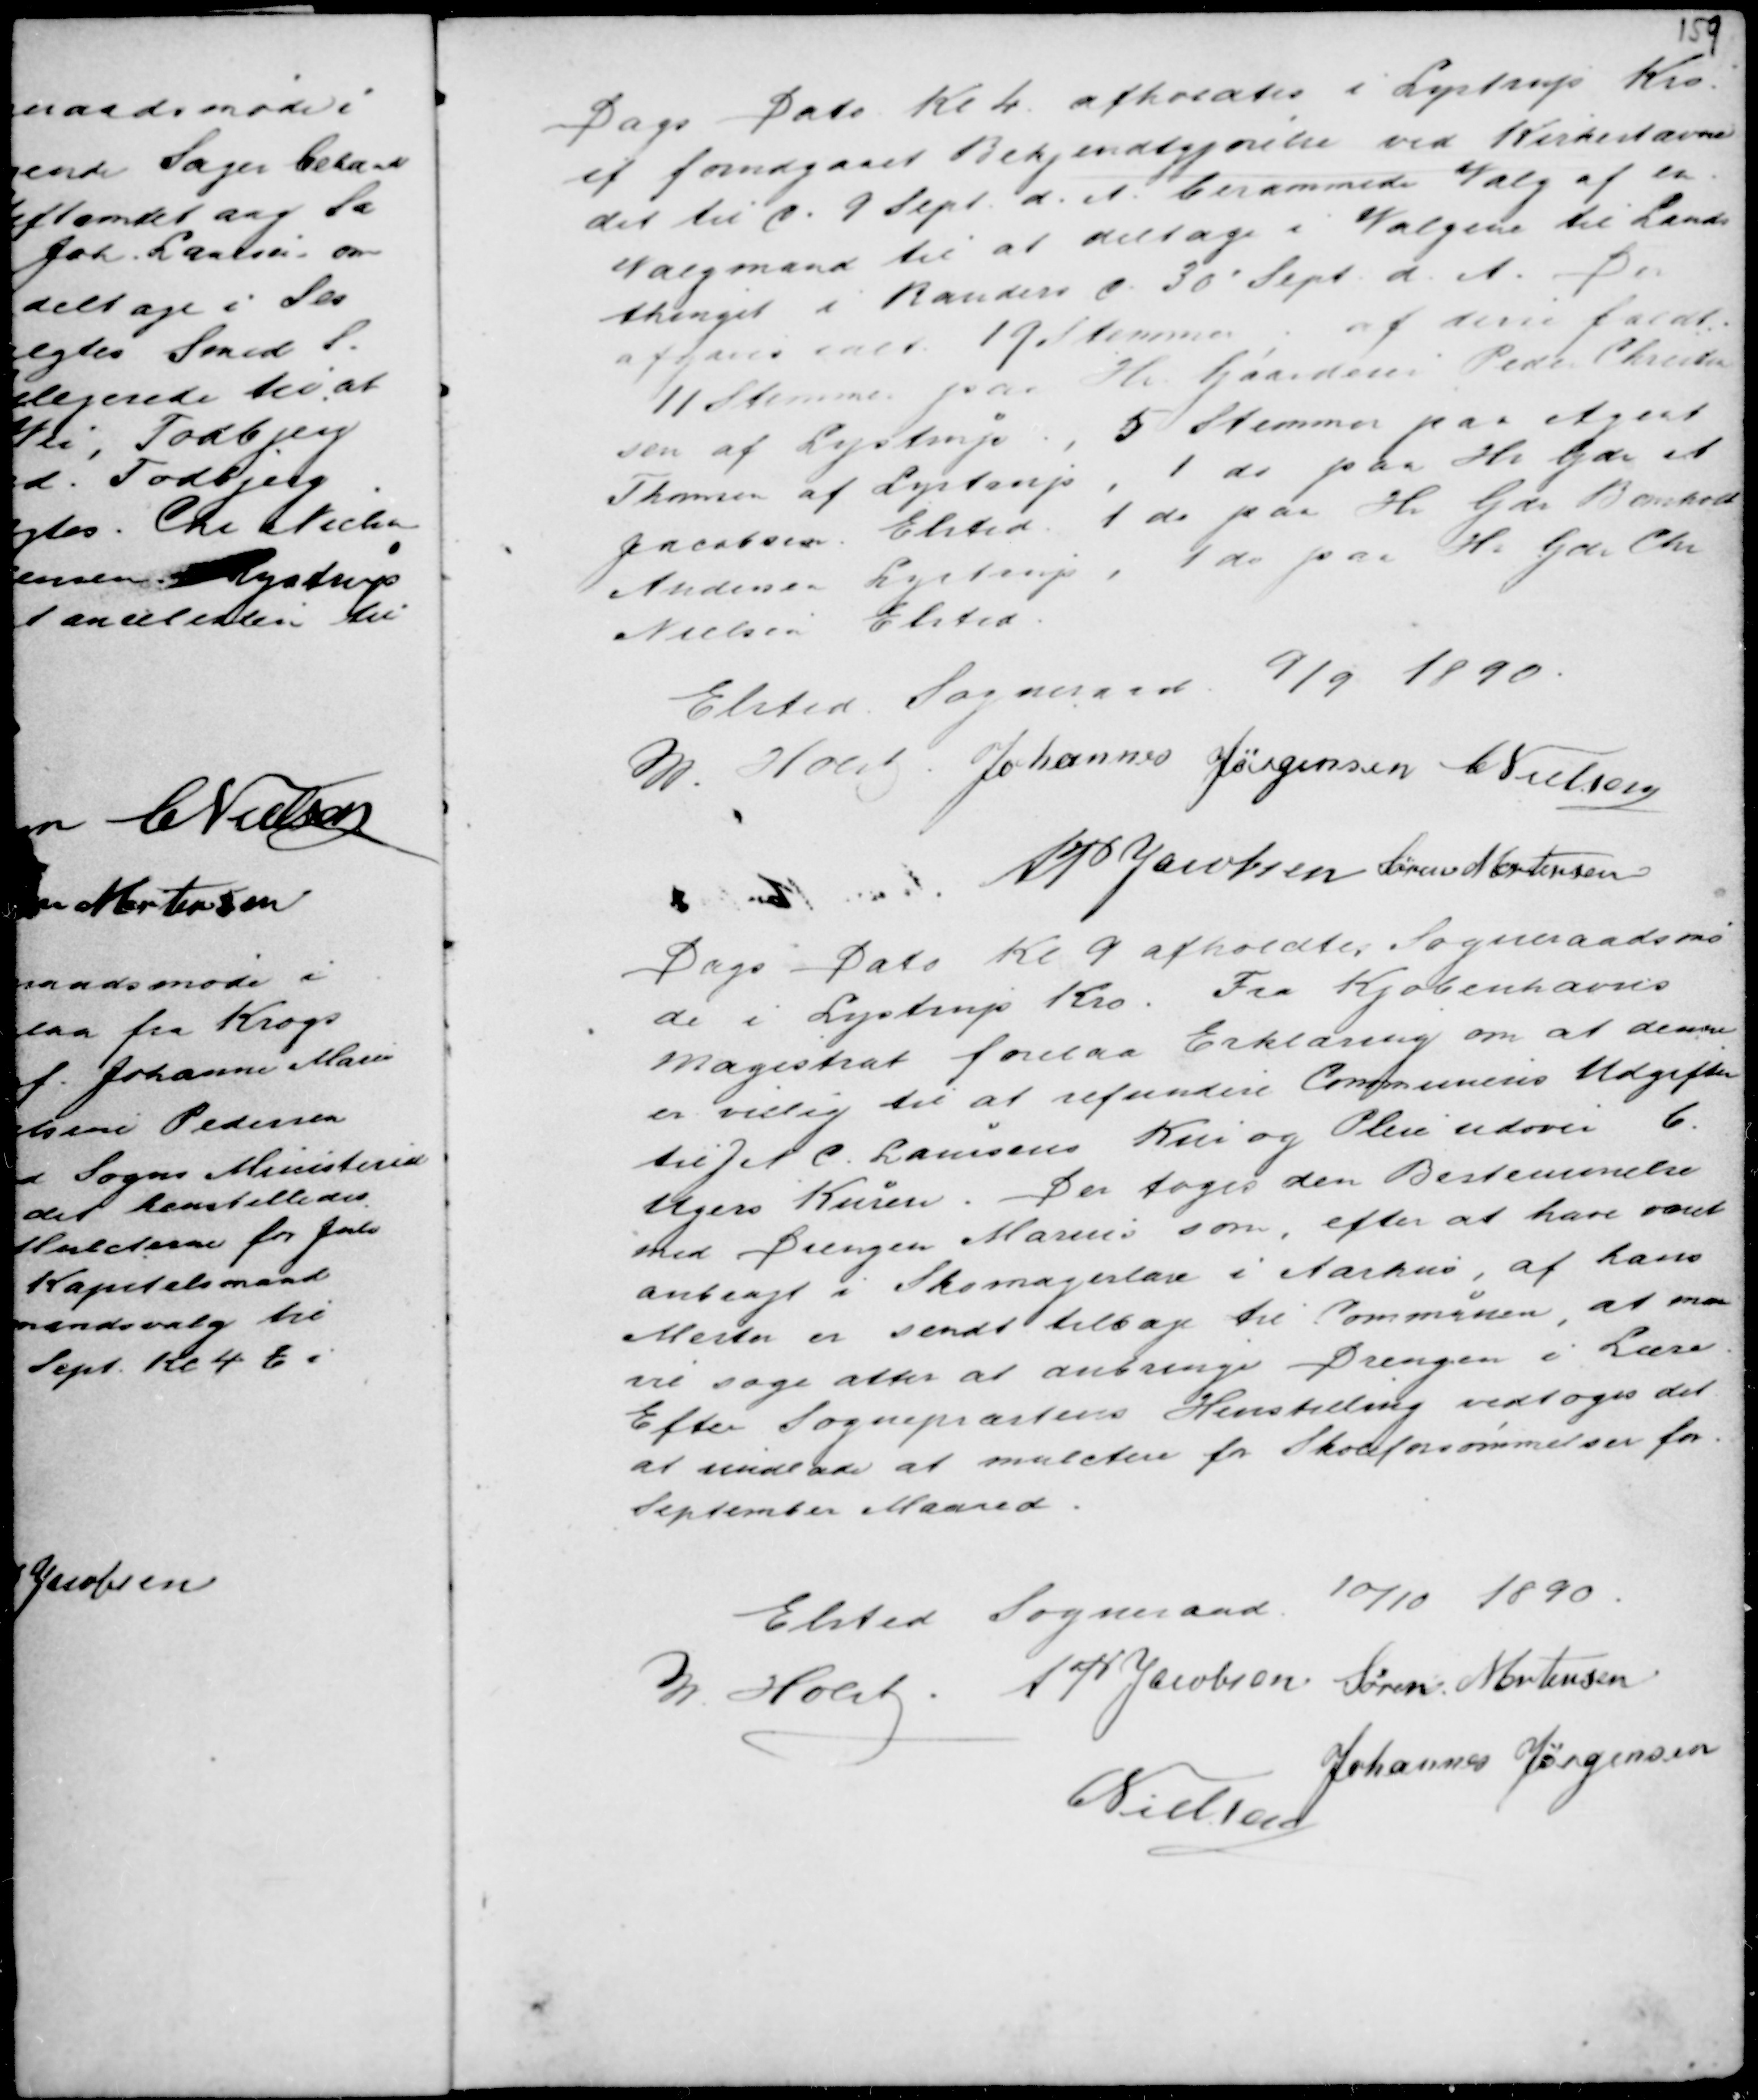
Transskription:
Dags Dato Kl 4. afholdtes i Lystrup Kro.
ef forudgaaet Bekjendtgjørelse ved Kirkestævne
det til d. 9. Sept d.A. berammede Valg af en
Valgmand til at deltage i Valgene til Lands
thinget i Randers d. 30' Sept d.A. Der
afgaves ialt 19 Stemmer; af disse faldt
11 Stemmer paa Hr. Gaardeier Peder Christen
sen af Lystrup. , 5 Stemmer paa Agent
Thomsen af Lystrup, 1 ds paa Hr Gdr A
Jacobsen Elsted 1 ds paa Hr Gdr Bomholt
Andersen Lystrup, 1 ds paa Hr Gdr Chr
Nielsen Elsted.

Elsted Sogneraad 9/9 1890.
M. Holst Johannes Jørgensen C Nielsen
AP Jacobsen Søren Mortensen

Dags Dato Kl 9 afholdtes Sogneraadsmø
de i Lystrup Kro. Fra Kjøbenhavns
magistrat forelaa Erklæring om at denne
er villig til at refundere Communens Udgifter
til J N C. Laursens Kur og Pleie udover 6.
Ugers Kuren . Der toges den Bestemmelse
med Drengen Marius som, efter at have været
anbragt i Skomagerlære i Aarhus, af hans
Mester er sendt tilbage til Communen, at man
vil søge atter at anbringe Drengen i Lære.
Efter Sognepræstens Henstilling vedtoges det
at undlade at mulctere for Skoleforsømmelser for
September Maaned.

Elsted Sogneaad
10/10 1890.
M. Holst . AP Jacobsen Søren Mortensen
C Nielsen
Johannes Jørgensen